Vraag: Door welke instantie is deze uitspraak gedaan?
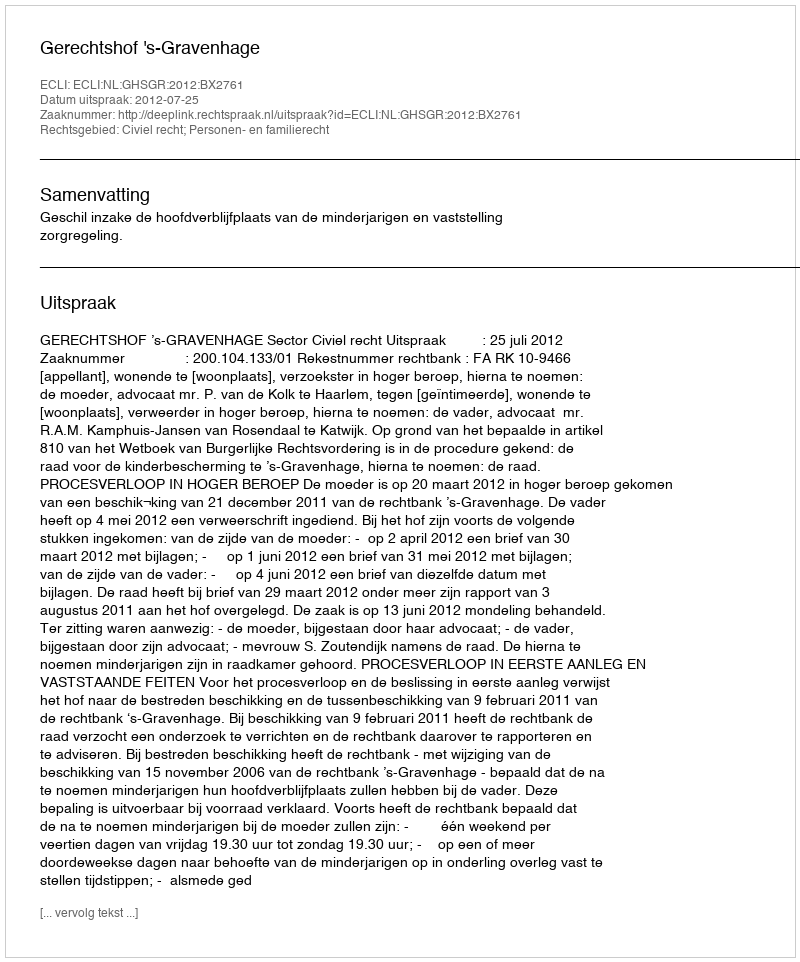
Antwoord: Gerechtshof 's-Gravenhage